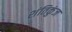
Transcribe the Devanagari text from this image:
शंतिकुंज